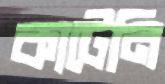
কাটেনি